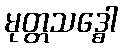
မုတ္တသဒ္ဓေါ